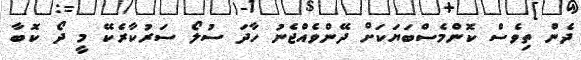
ދެން ތިވެސް ކޮންމެސްބަޔަކަށް ދޭންވެއްޖެނު ހާދަ ސުލޯ ސަރުކާރެކޭ މީ ދޯ ކޮބާ